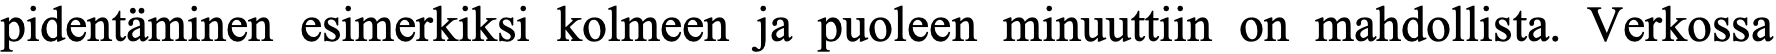
pidentäminen esimerkiksi kolmeen ja puoleen minuuttiin on mahdollista. Verkossa